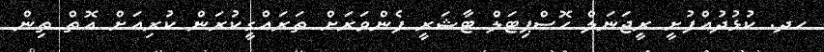
ހދ. ކުޅުދުއްފުށީ ރީޖަނަލް ހޮސްޕިޓަލް ޓާޝަރީ ފެންވަރަށް ތަރައްގީކުރަން ކުރިއަށް އޮތް ތިން